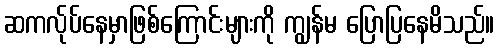
ဆကလ်ုပ်နေမှာဖြစ်ကြောင်းများကို ကျွန်မ ပြောပြနေမိသည်။